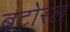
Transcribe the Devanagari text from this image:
बटोरल